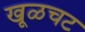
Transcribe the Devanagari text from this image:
खूळचट